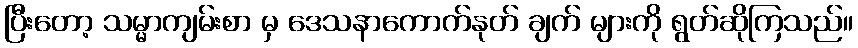
ပြီးတော့ သမ္မာကျမ်းစာ မှ ဒေသနာကောက်နုတ် ချက် များကို ရွတ်ဆိုကြသည်။